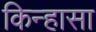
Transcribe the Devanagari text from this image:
किन्हासा